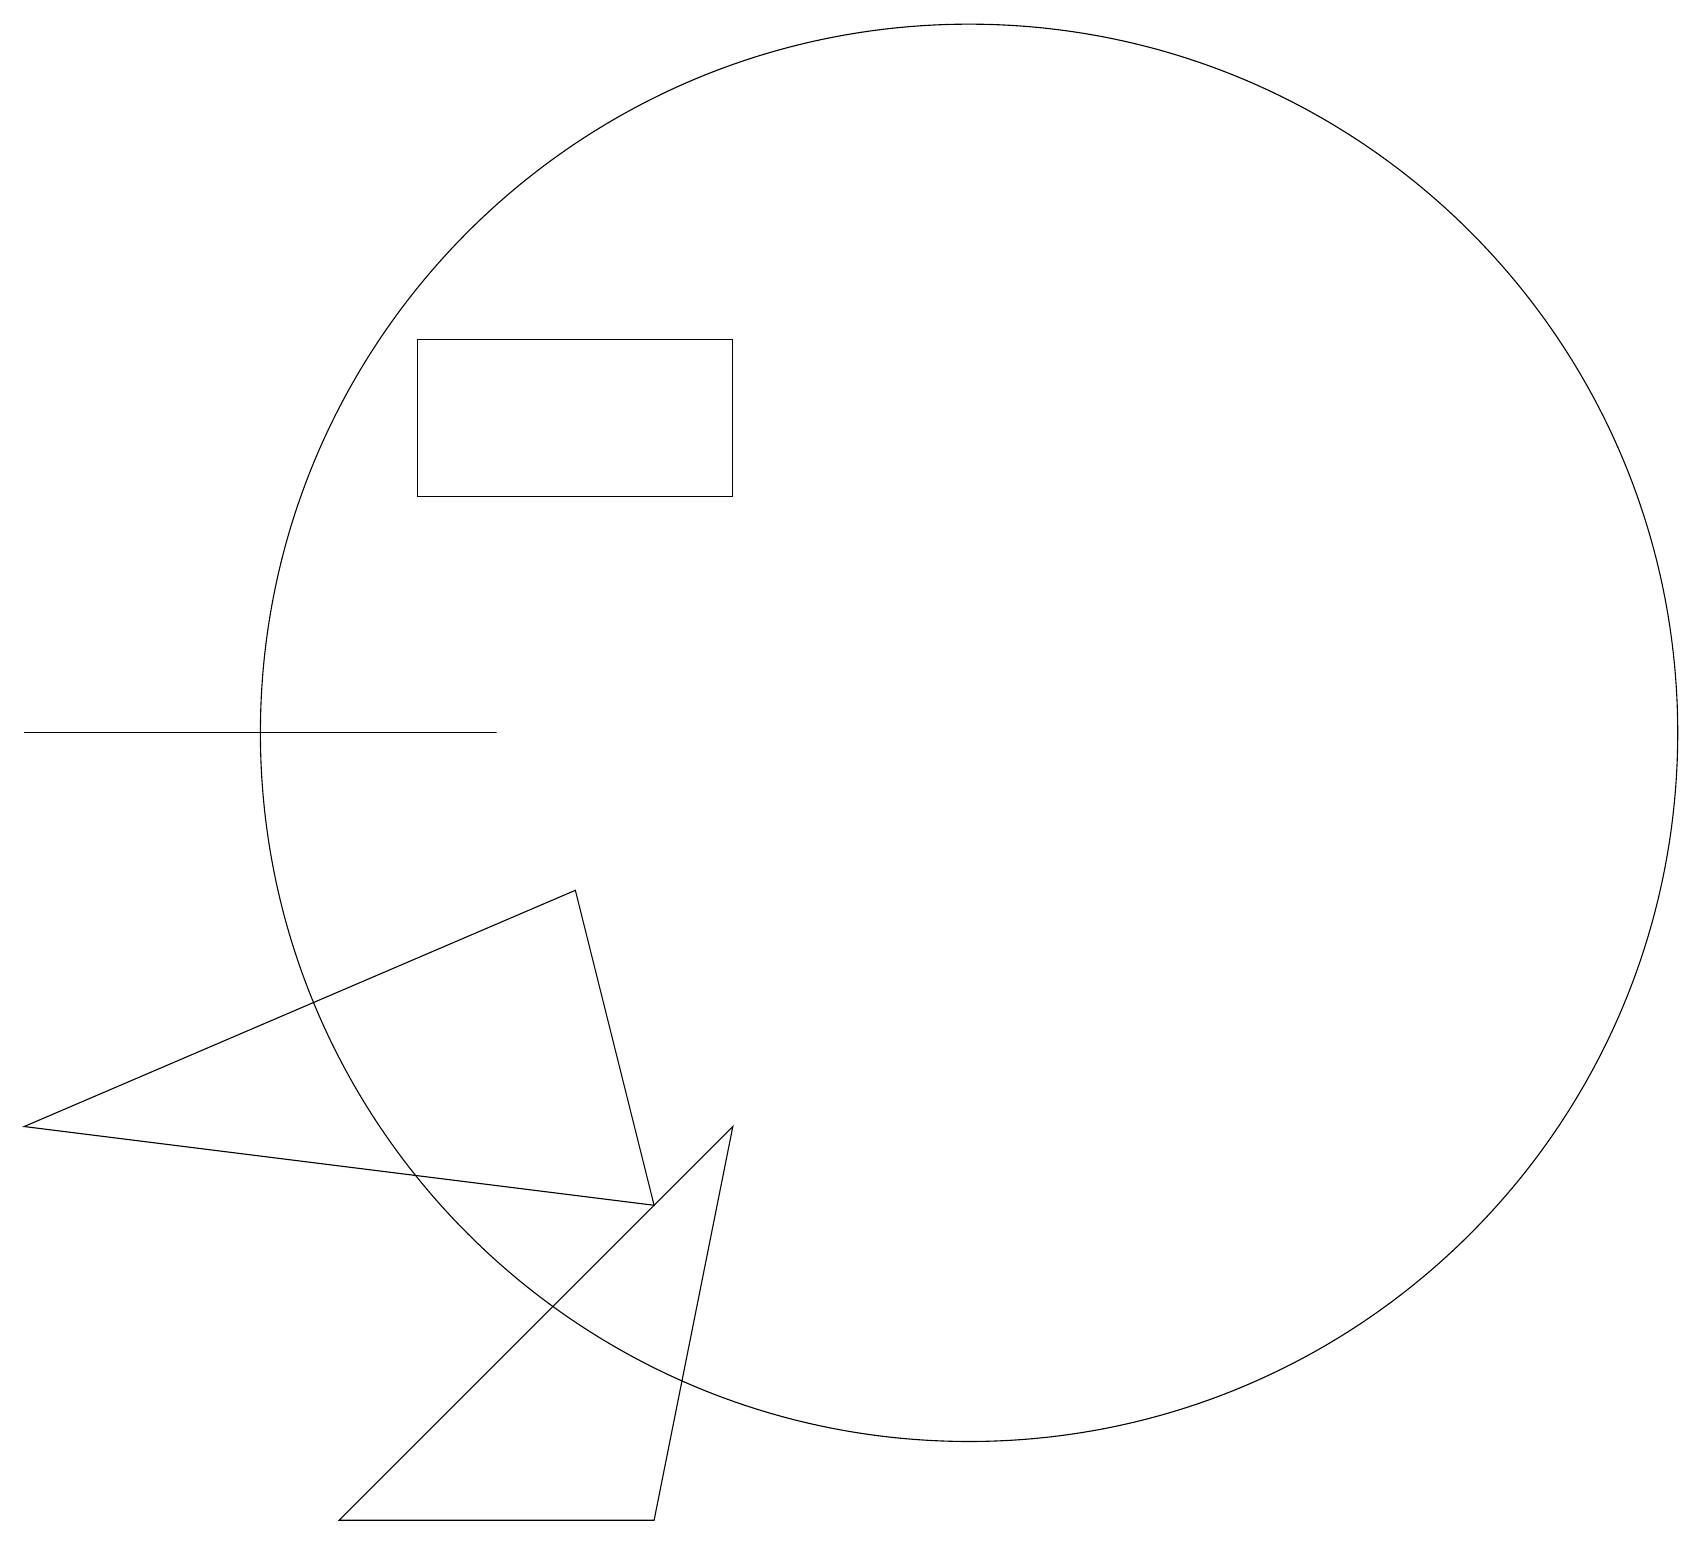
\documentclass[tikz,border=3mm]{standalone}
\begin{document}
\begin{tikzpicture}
\draw (0,6) -- (8,5) -- (7,9) -- cycle;
\draw (5,14) rectangle (9,16);
\draw (12,11) circle (9);
\draw (9,6) -- (8,1) -- (4,1) -- cycle;
\draw (0,11) rectangle (6,11);
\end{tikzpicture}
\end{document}